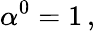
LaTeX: \alpha^{0}=1\, ,